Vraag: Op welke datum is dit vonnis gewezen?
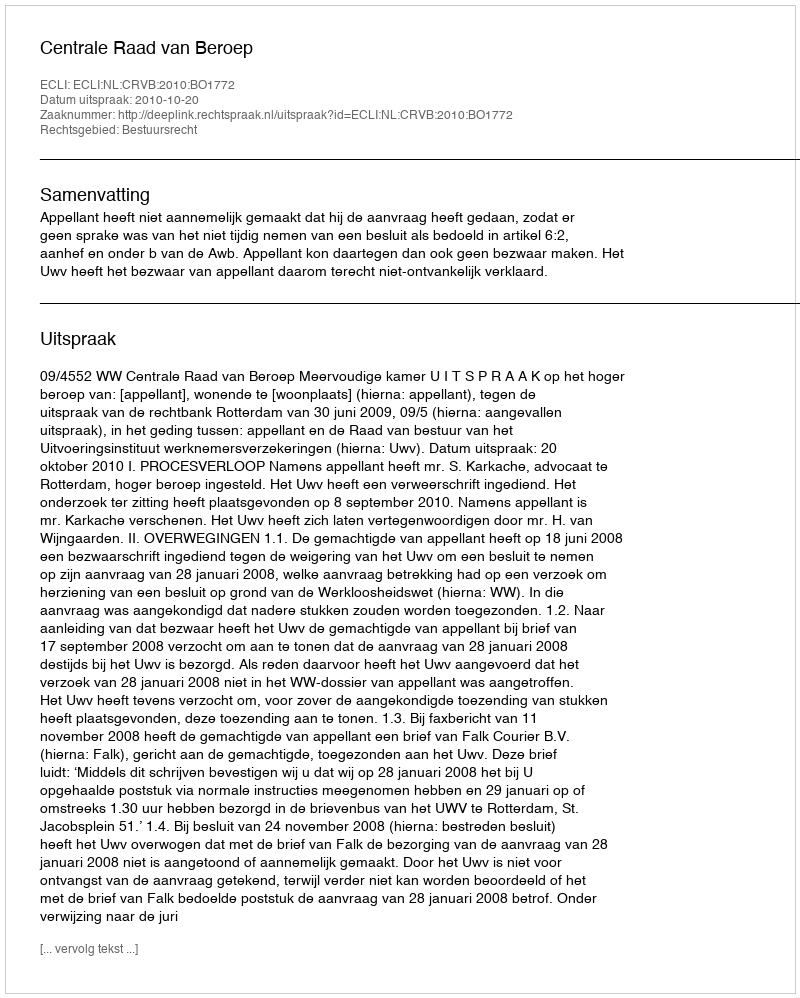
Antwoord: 2010-10-20